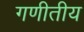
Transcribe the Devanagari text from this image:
गणीतीय